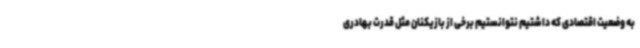
به وضعیت اقتصادی که داشتیم نتوانستیم برخی از بازیکنان مثل قدرت بهادری